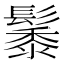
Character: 𮫑